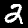
Label: 2